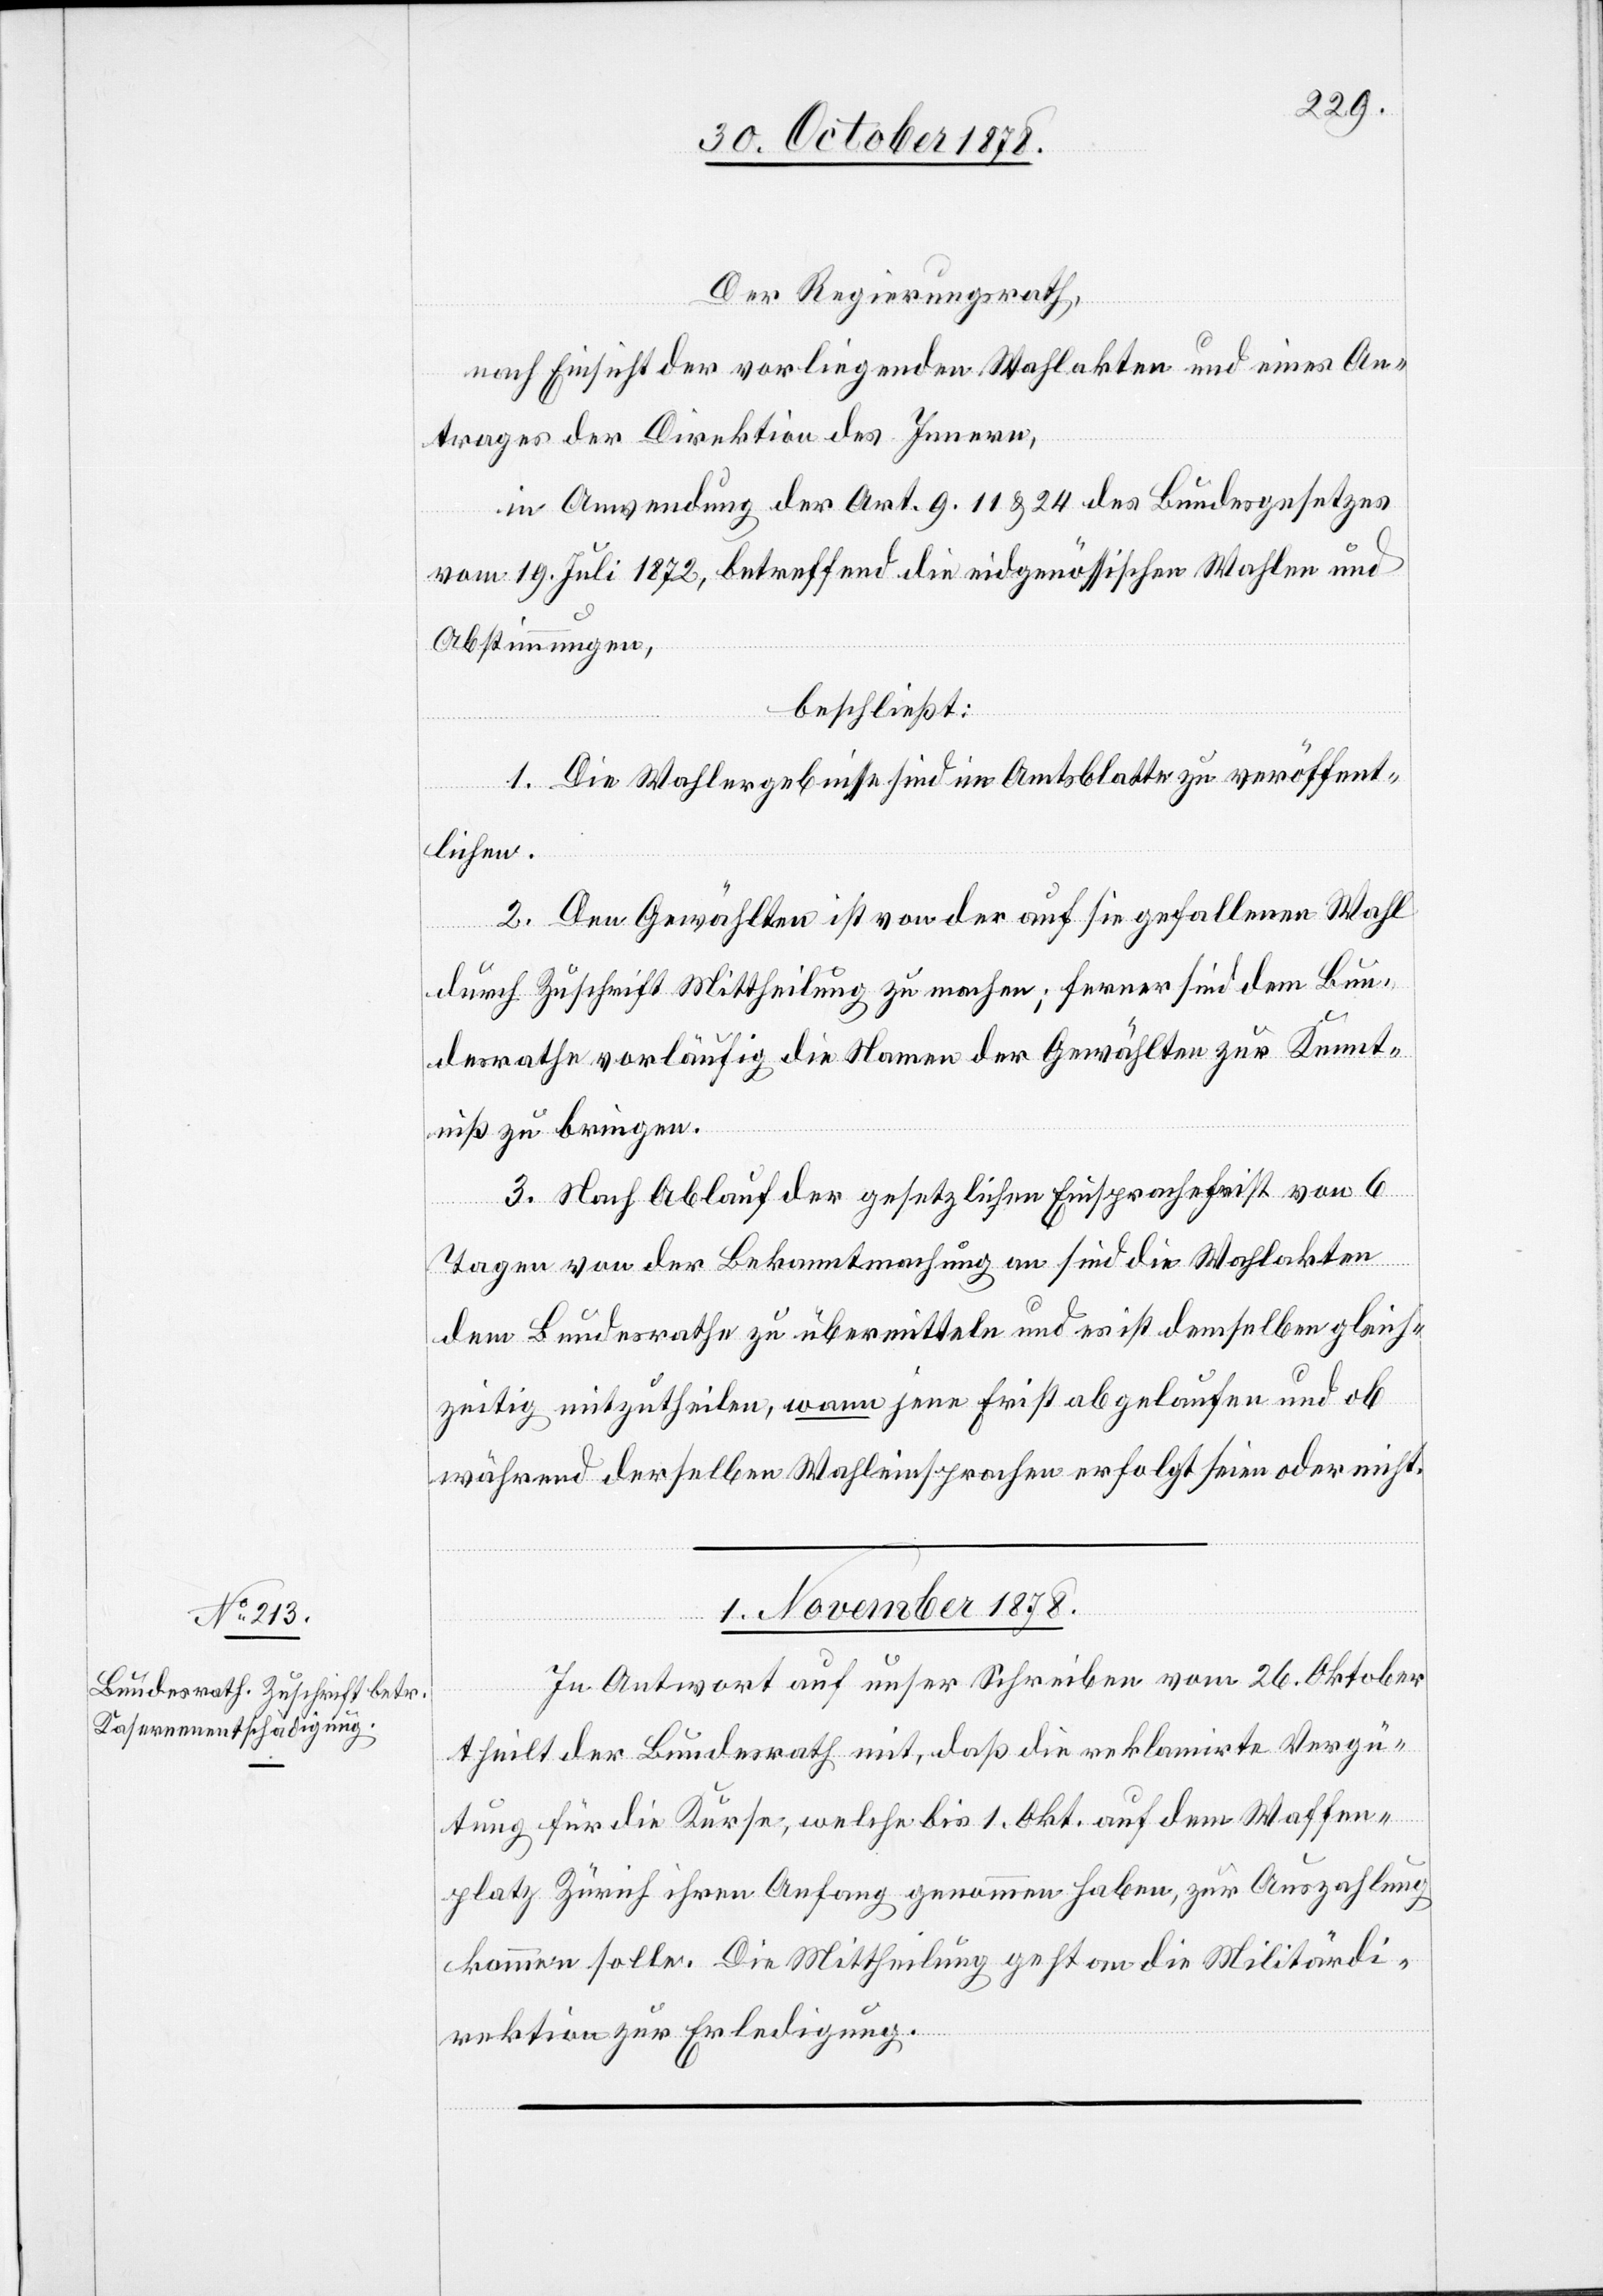
Der Regierungsrath,
Antrages der Direktion des Innern,
in Anwendung der Art. 9, 11 & 24 des Bundesgesetzes
vom 19. Juli 1872, betreffend die eidgenössischen Wahlen und
Abstimmungen,
beschließt:
1. Die Wahlergebnisse sind im Amtsblatte zu veröffent¬
lichen.
2. Den Gewählten ist von der auf sie gefallenen Wahl
durch Zuschrift Mittheilung zu machen; ferner sind dem Bun¬
desrathe vorläufig die Namen der Gewählten zur Kennt¬
niß zu bringen.
3. Nach Ablauf der gesetzlichen Einsprachefrist von 6
Tagen von der Bekanntmachung an sind die Wahlakten
dem Bundesrathe zu übermitteln und es ist demselben gleich¬
zeitig mitzutheilen, wann jene Frist abgelaufen und ob
während derselben Wahleinsprachen erfolgt seien oder nicht.
01. November 1878.
In Antwort auf unser Schreiben vom 26. Oktober
theilt der Bundesrath mit, daß die reklamirte Vergü¬
tung für die Kurse, welche bis 1. Okt. auf dem Waffen¬
platz Zürich ihren Anfang genommen haben, zur Auszahlung
kommen solle. Die Mittheilung geht an die Militärdi¬
rektion zur Erledigung.